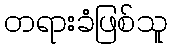
တရားခံဖြစ်သူ